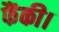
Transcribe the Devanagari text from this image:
फैंकी।